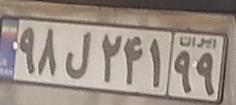
۹۸ل۲۴۱۹۹